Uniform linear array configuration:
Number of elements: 12
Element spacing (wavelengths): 0.75
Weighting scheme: blackman
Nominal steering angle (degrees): -30
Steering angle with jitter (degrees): -28.336
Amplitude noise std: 0.05
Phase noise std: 0.05

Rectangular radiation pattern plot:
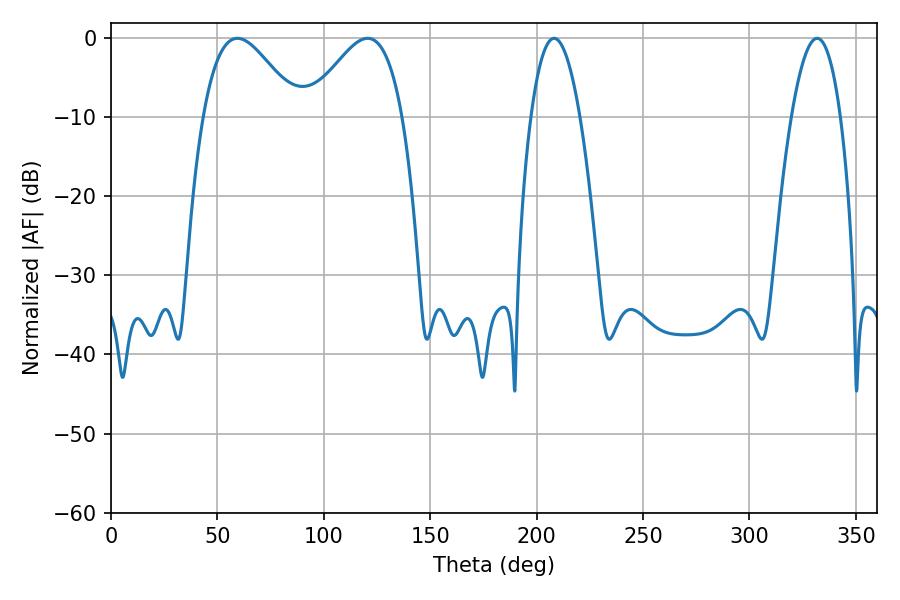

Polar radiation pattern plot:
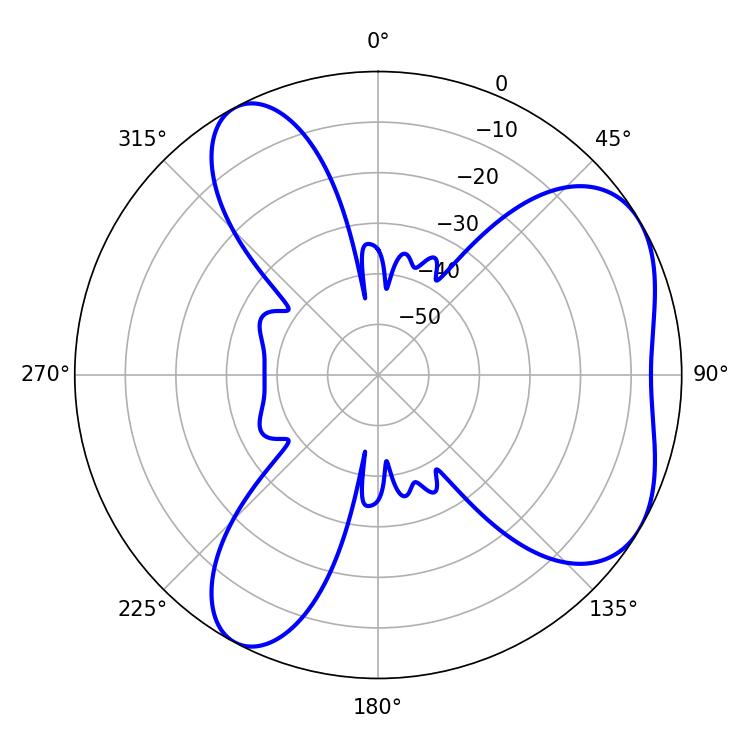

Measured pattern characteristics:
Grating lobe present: TRUE
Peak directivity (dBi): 5.294
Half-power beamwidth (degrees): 23.94
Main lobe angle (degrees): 59.4